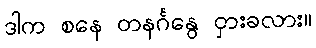
ဒါက စနေ တနင်္ဂနွေ ငှားခလား။